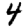
Digit: 4